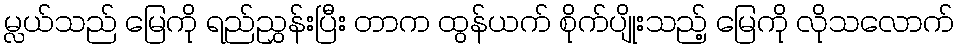
မ္လယ်သည် မြေကို ရည်ညွှန်းပြီး တာက ထွန်ယက် စိုက်ပျိုးသည့် မြေကို လိုသလောက်